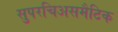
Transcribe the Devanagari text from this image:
सुपरचिअसमैटिक